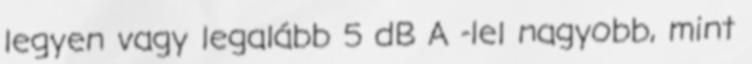
legyen vagy legalább 5 dB A -lel nagyobb, mint